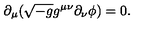
\partial _ { \mu } ( \sqrt { - g } g ^ { \mu \nu } \partial _ { \nu } \phi ) = 0 .